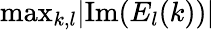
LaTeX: \mathrm{max}_{k,l}|\mathrm{Im}(E_{l}(k))|